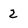
Character: 2